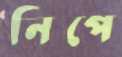
নিপে